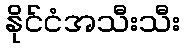
နိုင်ငံအသီးသီး